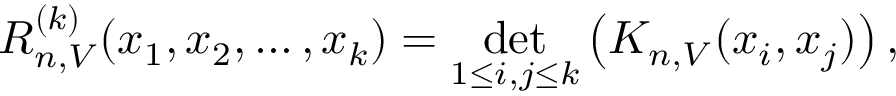
R _ { n , V } ^ { ( k ) } ( x _ { 1 } , x _ { 2 } , \dots , x _ { k } ) = \operatorname* { d e t } _ { 1 \leq i , j \leq k } \left( K _ { n , V } ( x _ { i } , x _ { j } ) \right) ,